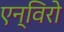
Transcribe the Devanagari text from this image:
एन्विरो